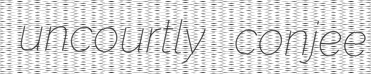
uncourtly conjee